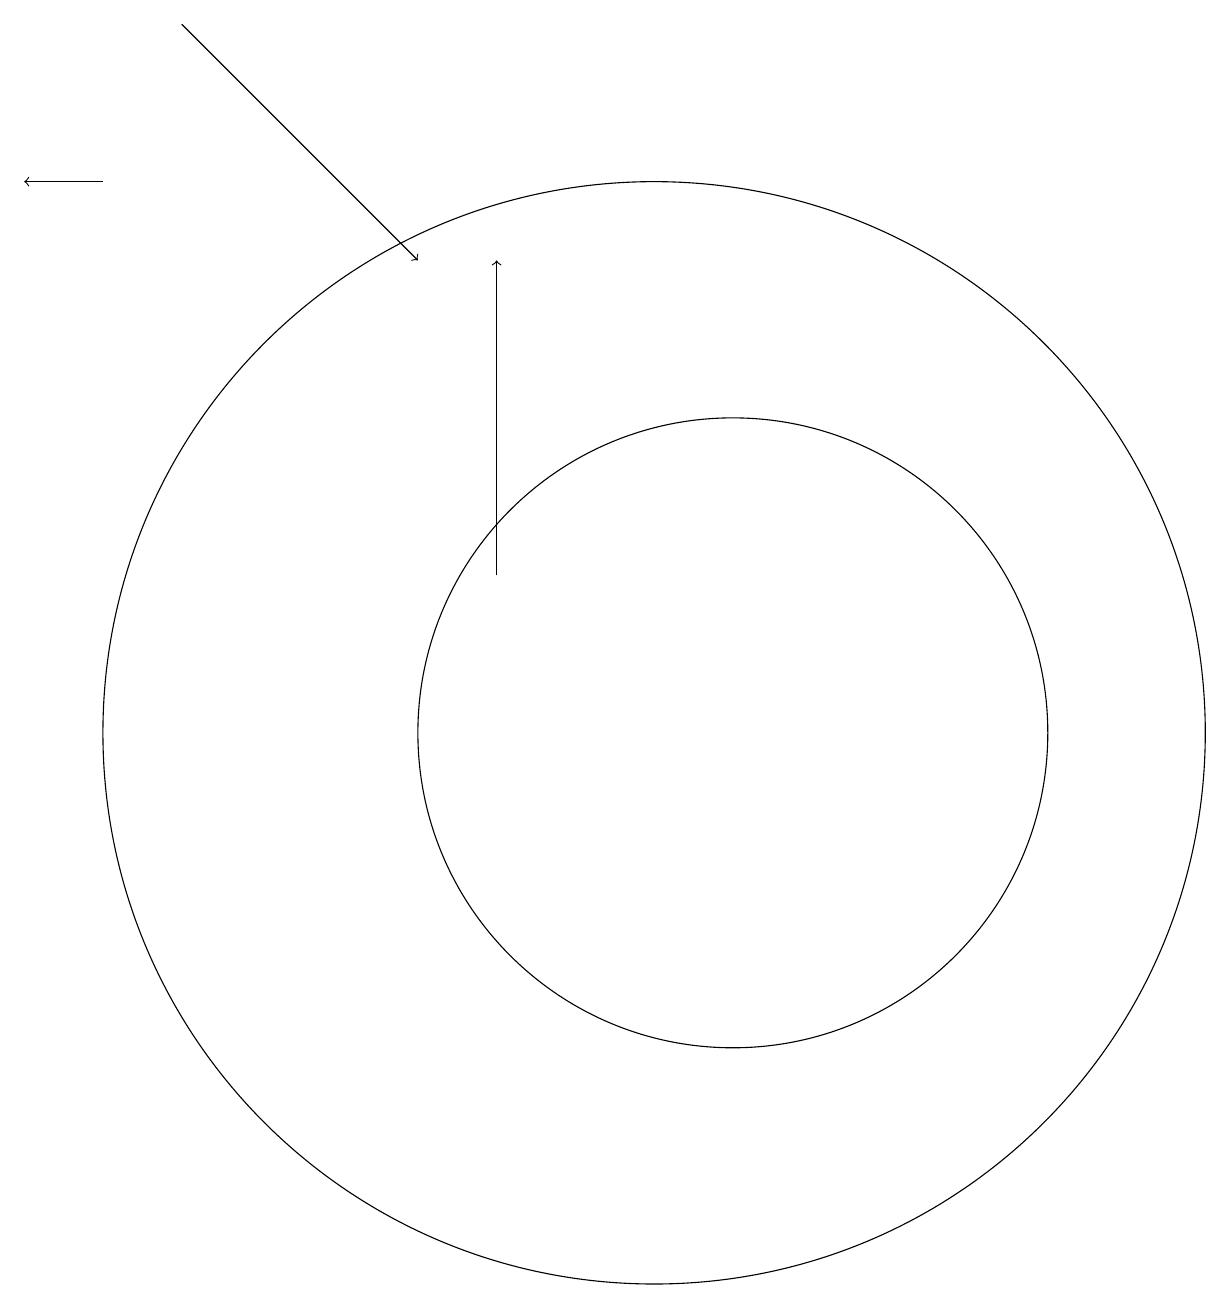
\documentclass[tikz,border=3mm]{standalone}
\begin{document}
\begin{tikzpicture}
\draw[->] (8,12) -- (8,16);
\draw (10,10) circle (7);
\draw[->] (4,19) -- (7,16);
\draw (11,10) circle (4);
\draw[->] (3,17) -- (2,17);
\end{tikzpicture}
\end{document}